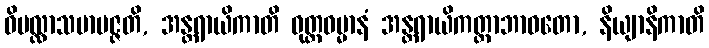
ဝိပလ္လာသမာပဇ္ဇတိ, အန္တရာယိကာတိ ဝုတ္တဓမ္မာနံ အန္တရာယိကတ္တာဘာဝတော, နိယျာနိကာတိ